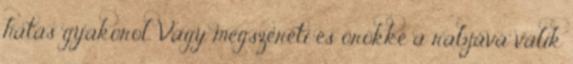
hatás gyakorol. Vagy megszereti és örökké a rabjává válik